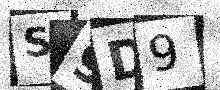
Text: S9D9